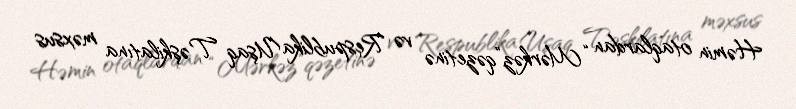
Həmin otaqlardan “Mərkəz”qəzetinə və Respublika Uşaq Təşkilatına məxsus